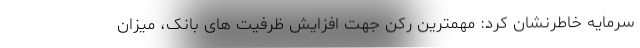
سرمایه خاطرنشان کرد: مهمترین رکن جهت افزایش ظرفیت های بانک، میزان